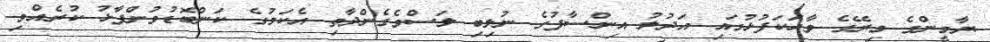
ޔާމީންގެ މިރޭގެ ވާހަކަފުޅުގައި އަދުލު އިންސާފުގެ ނުލިބި ލަސްވެގެންދާތި އެކަމުގެ ކަންބޮޑުވުންފާޅު ކުރެއްވި